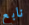
نابع